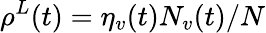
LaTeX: \rho^{L}(t)=\eta_{v}(t){N_{v}(t)}/{N}